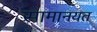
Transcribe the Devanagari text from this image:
सामानयत